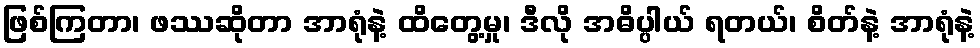
ဖြစ်ကြတာ၊ ဖဿဆိုတာ အာရုံနဲ့ ထိတွေ့မှု၊ ဒီလို အဓိပ္ပါယ် ရတယ်၊ စိတ်နဲ့ အာရုံနဲ့